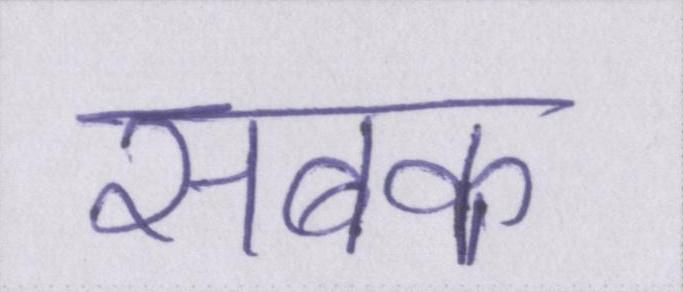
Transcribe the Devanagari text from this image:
सबक